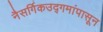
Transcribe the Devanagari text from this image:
नैसर्गिकउद्गमांपासून